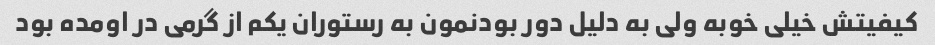
کیفیتش خیلی خوبه ولی به دلیل دور بودنمون به رستوران یکم از گرمی در اومده بود